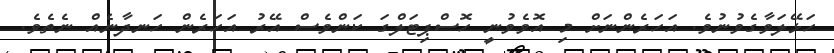
ހަޅޭލަވާގެވުނުވެ. އަހަރެންނަށް މި އޮވެވުނީ ހޮސްޕިޓަލްގަ ކަންވެސް އޭރު އަހަރެން ހަނދާނެއް ނެތެވެ.